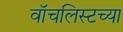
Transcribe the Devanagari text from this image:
वॉचलिस्टच्या